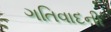
ગતિવાદની